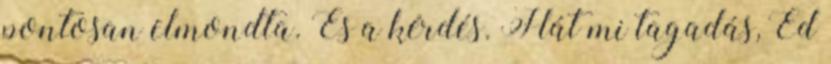
pontosan elmondta. És a kérdés. Hát mi tagadás, Ed